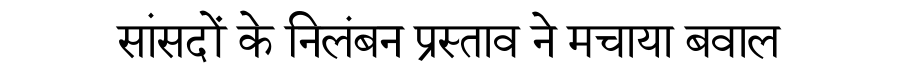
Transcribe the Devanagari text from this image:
सांसदों के निलंबन प्रस्ताव ने मचाया बवाल